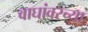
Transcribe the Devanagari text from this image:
वाघांवरच्या